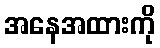
အနေအထားကို